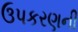
ઉપકરણની